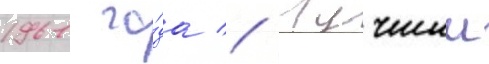
1961 го́да // Лучшии